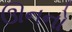
ઊનનો